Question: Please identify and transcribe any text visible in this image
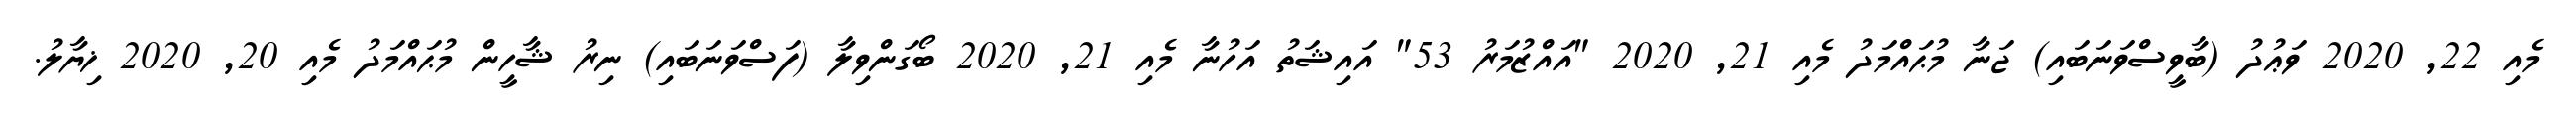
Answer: މެއި 22, 2020 ވަޢުދު (ބާވީސްވަނަބައި) ޖަނާ މުޙައްމަދު މެއި 21, 2020 "އައްޒުމަރު 53" އައިޝަތު އަހުނާ މެއި 21, 2020 ބޯގަންވިލާ (ފަސްވަނަބައި) ނިރު ޝާހީން މުޙައްމަދު މެއި 20, 2020 ޚިޔާލު.